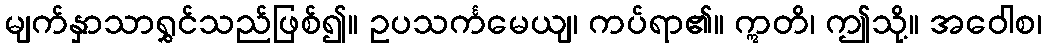
မျက်နှာသာရွှင်သည်ဖြစ်၍။ ဥပသင်္ကမေယျ၊ ကပ်ရာ၏။ ဣတိ၊ ဤသို့။ အဝေါစ၊